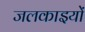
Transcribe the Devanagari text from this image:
जलकाइयों